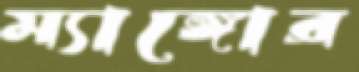
ম্যাঙ্গোর